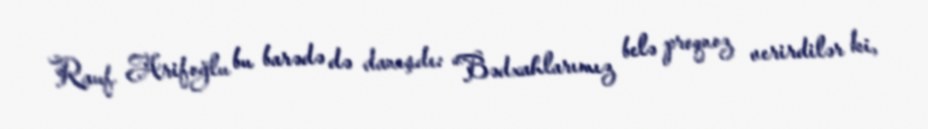
Rauf Arifoğlu bu barədə də danışdı: “Bədxahlarımız belə proqnoz verirdilər ki,